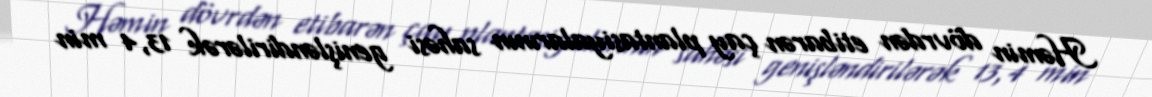
Həmin dövrdən etibarən çay plantasiyalarının sahəsi genişləndirilərək 13,4 min